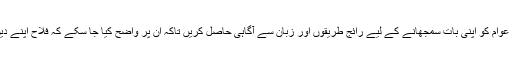
دینی طبقہ کو چاہیے کہ عوام کو اپنی بات سمجھانے کے لیے رائج طریقوں اور زبان سے آگاہی حاصل کریں تاکہ ان پر واضح کیا جا سکے کہ فلاح اپنے دین و روایات میں ہی ہے۔